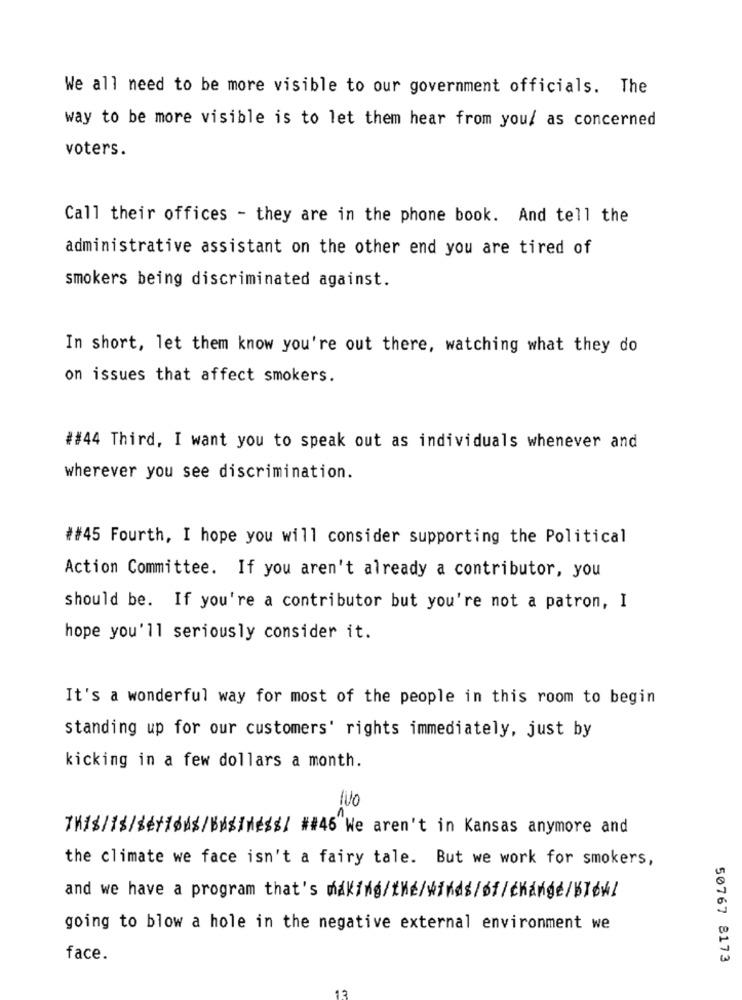
We all need to be more visible to our government officials. The
way to be more visible is to let them hear from you/ as concerned
voters.
Call their offices - they are in the phone book. And tell the
administrative assistant on the other end you are tired of
smokers being discriminated against.
In short, let them know you're out there, watching what they do
on issues that affect smokers.
##44 Third, I want you to speak out as individuals whenever and
wherever you see discrimination.
##45 Fourth, I hope you will consider supporting the Political
Action Committee. If you aren't already a contributor, you
should be. If you're a contributor but you're not a patron, I
hope you'll seriously consider it.
It's a wonderful way for most of the people in this room to begin
standing up for our customers' rights immediately, just by
kicking in a few dollars a month.
TH18/18/ << 1MS/BUSINESS/ ##46 We aren't in Kansas anymore and
the climate we face isn't a fairy tale. But we work for smokers,
and we have a program that's making/thé/winds/bf/changé/bløk!
going to blow a hole in the negative external environment we
face.
50767 8173